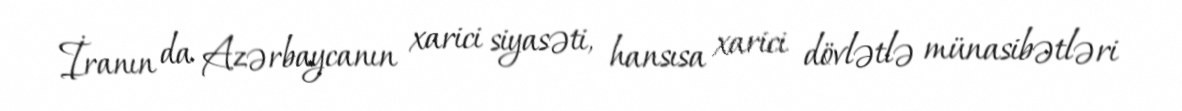
İranın da Azərbaycanın xarici siyasəti, hansısa xarici dövlətlə münasibətləri